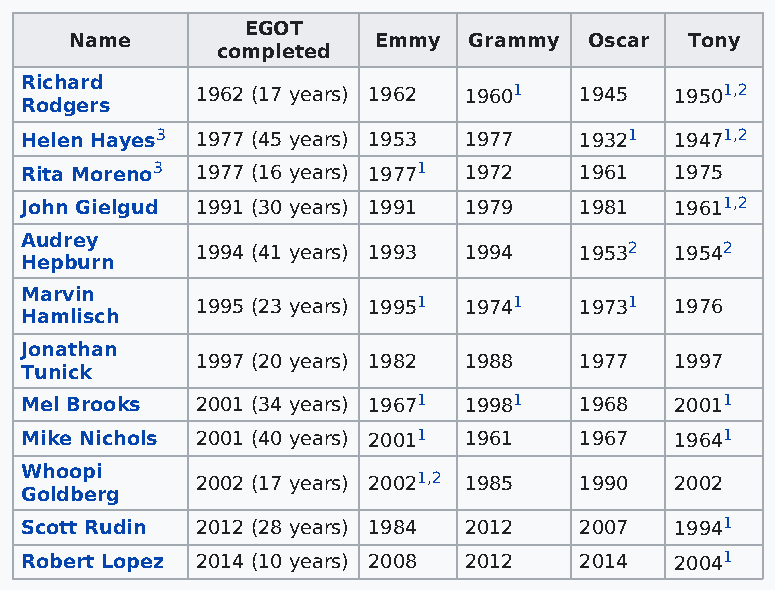
EGOT
 Name                Emmy  Grammy  Oscar  Tony
 completed
 Richard
 1962 (17 years) 1962 19601 1945 19501,2
 Rodgers
 Helen Hayes3 1977 (45 years) 1953 1977 19321 19471,2
 Rita Moreno3 1977 (16 years) 19771 1972 1961 1975
 John Gielgud 1991 (30 years) 1991 1979 1981 19611,2
 Audrey
 1994 (41 years) 1993 1994 19532 19542
 Hepburn
 Marvin
 1995 (23 years) 19951 19741 19731 1976
 Hamlisch
 Jonathan
 1997 (20 years) 1982 1988 1977  1997
 Tunick
 Mel Brooks  2001 (34 years) 19671 19981 1968 20011
 Mike Nichols 2001 (40 years) 20011 1961 1967 19641
 Whoopi
 2002 (17 years) 20021,2 1985 1990 2002
 Goldberg
 Scott Rudin 2012 (28 years) 1984 2012 2007  19941
 Robert Lopez 2014 (10 years) 2008 2012 2014 20041